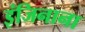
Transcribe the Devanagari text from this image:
इंजिनाना